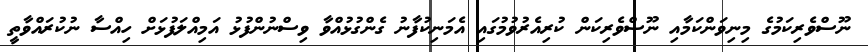
ނޫސްވެރިކަމުގެ މިނިވަންކަމާއި ނޫސްވެރިކަން ކުރިއެރުވުމުގައި އެމަނިކުފާނު ގެންގުޅުއްވާ ވިސްނުންފުޅު އަމިއްލަފުޅަށް ހިއްސާ ނުކުރައްވާތީ